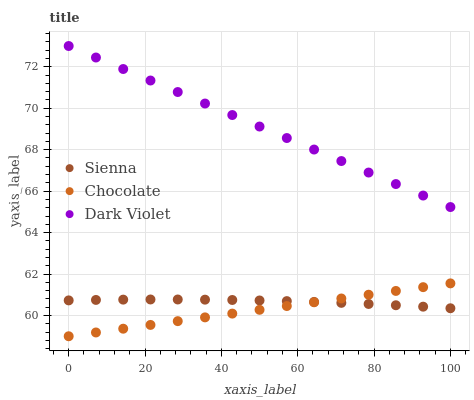
| xaxis_label | Sienna | Chocolate | Dark Violet |
 | --- | --- | --- | --- |
 | 0 | 60.7 | 59 | 73 |
 | 7.14 | 60.8 | 59.2 | 72.4 |
 | 14.3 | 60.8 | 59.4 | 71.9 |
 | 21.4 | 60.8 | 59.5 | 71.3 |
 | 28.6 | 60.8 | 59.7 | 70.8 |
 | 35.7 | 60.8 | 59.9 | 70.2 |
 | 42.9 | 60.7 | 60.1 | 69.7 |
 | 50 | 60.7 | 60.3 | 69.1 |
 | 57.1 | 60.7 | 60.5 | 68.6 |
 | 64.3 | 60.7 | 60.6 | 68 |
 | 71.4 | 60.6 | 60.8 | 67.5 |
 | 78.6 | 60.6 | 61 | 66.9 |
 | 85.7 | 60.5 | 61.2 | 66.3 |
 | 92.9 | 60.4 | 61.4 | 65.8 |
 | 100 | 60.4 | 61.6 | 65.2 |